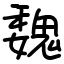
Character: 魏